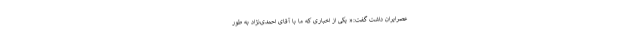
عصرایران داشت گفت:« یکی از اخباری که ما با آقای احمدی‌نژاد به طور